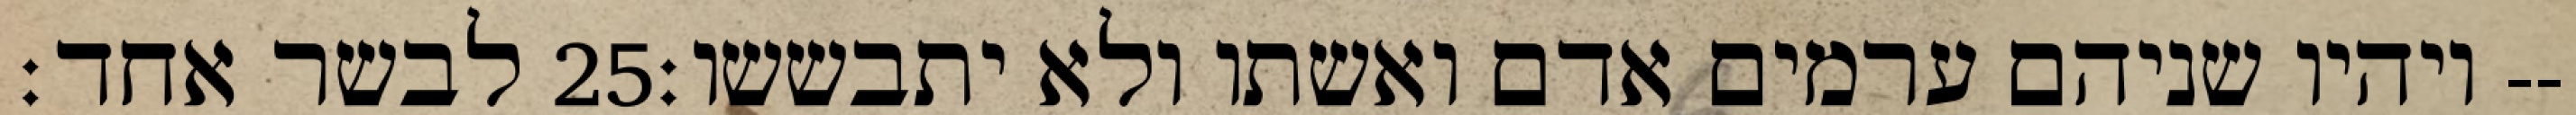
לבשר אחד׃ ‎25‏ ויהיו שניהם ערמים אדם ואשתו ולא יתבששו׃--